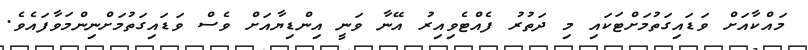
މައްކާއަށް ވަޑައިގަތުމަށްޓަކައި މި ދަތުރު ފެއްޓެވިއިރު އޭނާ ވަނީ އިންޑިޔާއަށް ވެސް ވަޑައިގަތުމަށްނިންމަވާފައެވެ.